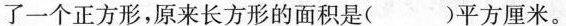
了一个正方形，原来长方形的面积是( )平方厘米。